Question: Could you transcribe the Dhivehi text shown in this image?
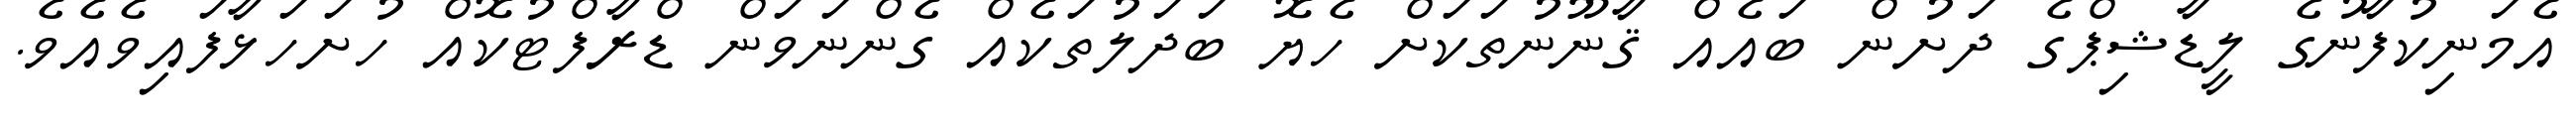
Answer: އެމަނިކުފާނުގެ ލީޑާޝިޕްގެ ދަށުން ބައެއް ޤާނޫނުތަކަށް ހެޔޮ ބަދަލުތަކެއް ގެންނަވަން ޑްރާފްޓުކޮއް ހުށަހަޅާފައިވެއެވެ.